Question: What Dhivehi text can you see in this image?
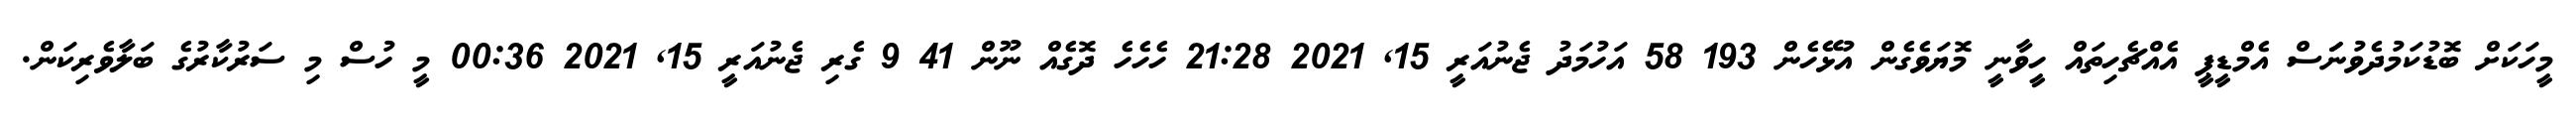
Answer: މީހަކަށް ބޮޑުކަމުދެވުނަަަސް އެމްޑީޕީ އެއްޗެހިތައް ހީވާނީ މޮޔަވެގެން އުޅޭހެން 193 58 އަހުމަދު ޖެނުއަރީ 15, 2021 21:28 ހެހެހެ ދޮގެއް ނޫން 41 9 ގެރި ޖެނުއަރީ 15, 2021 00:36 މީ ހުސް މި ސަރުކާރުގެ ބަލާވެރިކަން.